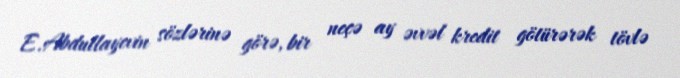
E.Abdullayevin sözlərinə görə, bir neçə ay əvvəl kredit götürərək tövlə